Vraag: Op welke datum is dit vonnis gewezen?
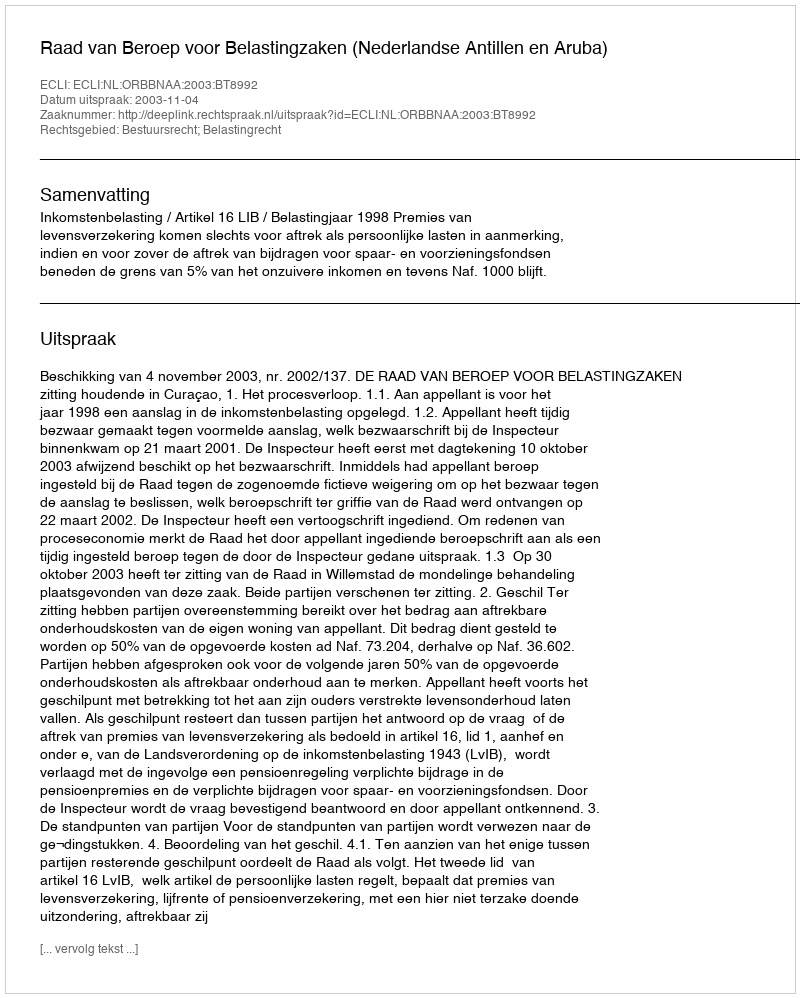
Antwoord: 2003-11-04